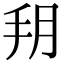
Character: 𦙚